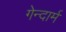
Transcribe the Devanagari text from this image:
गेन्दार्म